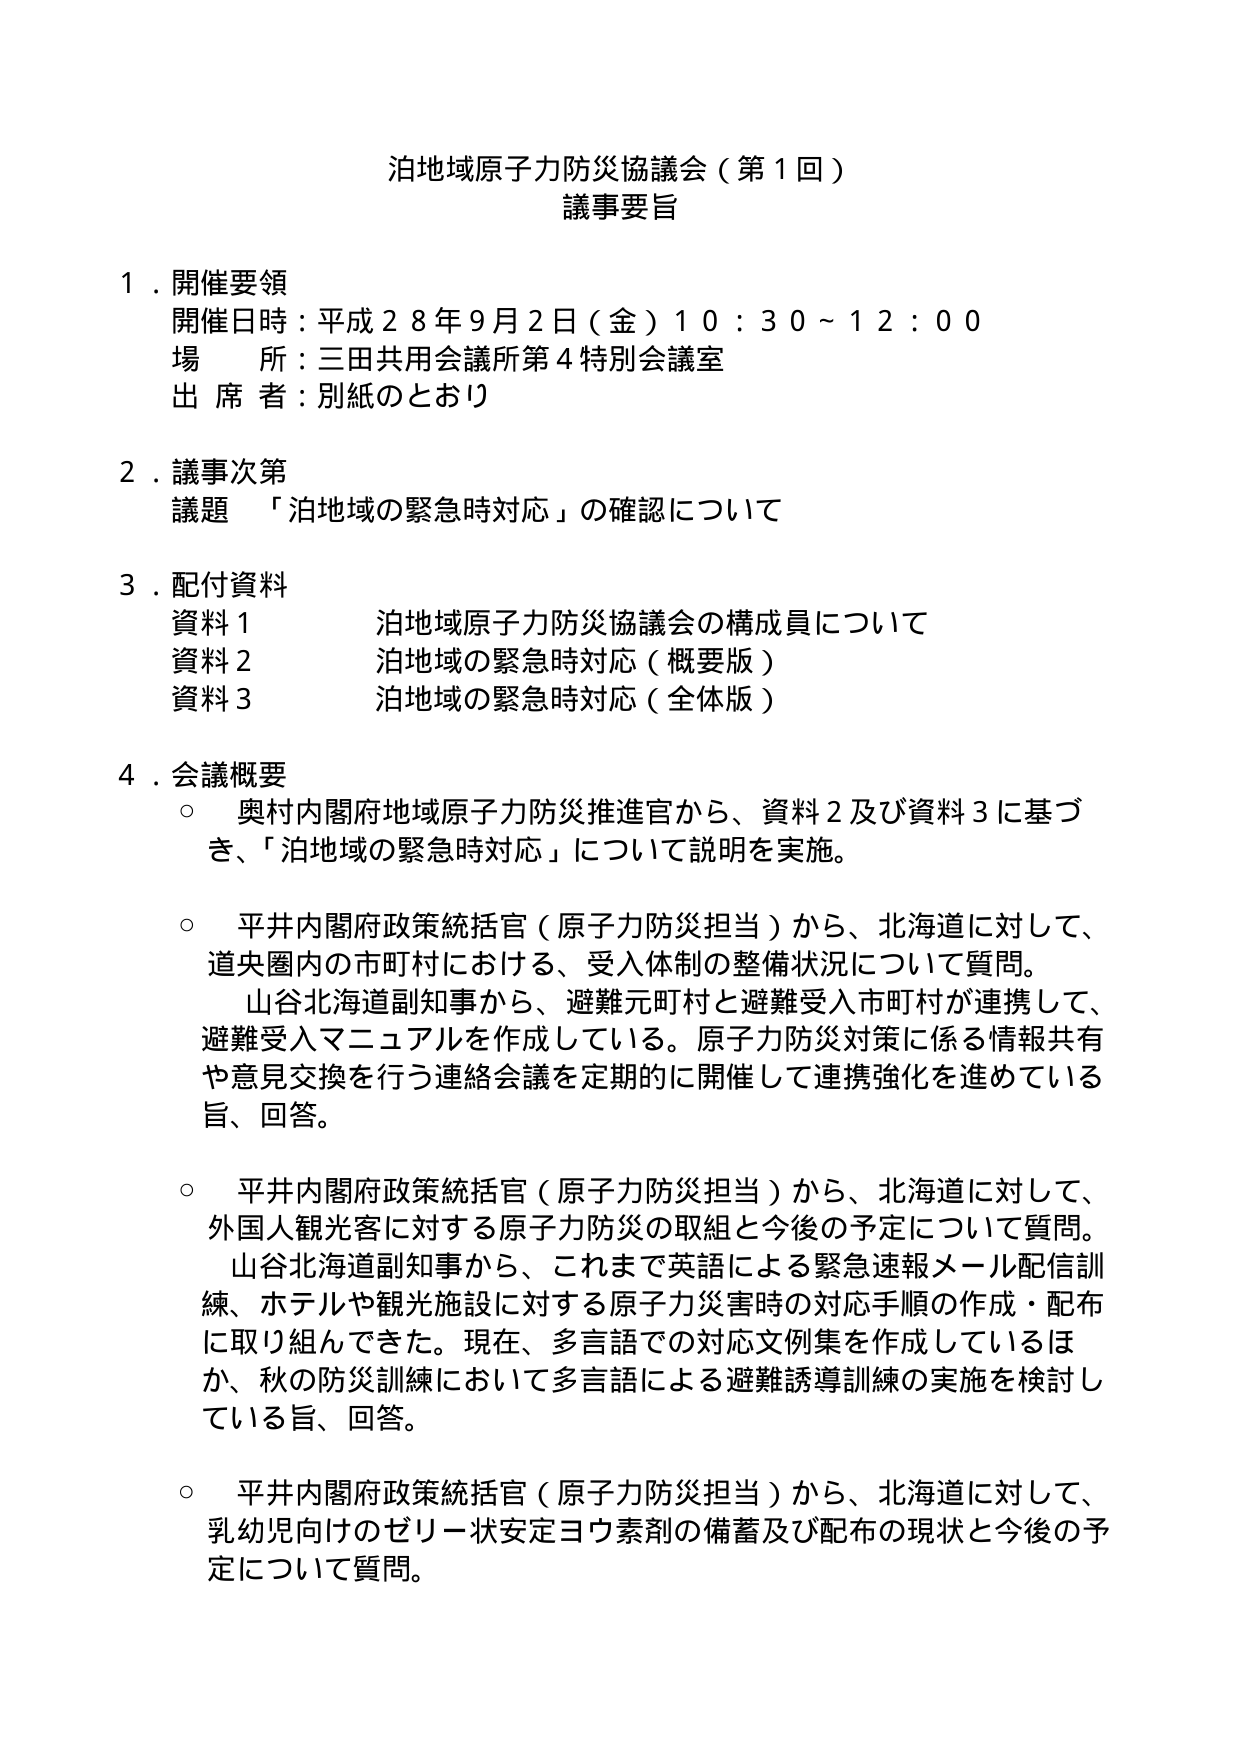
泊地域原子力防災協議会（第１回）
議事要旨

１．開催要領
　開催日時：平成２８年９月２日（金）１０：３０～１２：００
　場　　所：三田共用会議所第４特別会議室
　出席者：別紙のとおり

２．議事次第
　議題　「泊地域の緊急時対応」の確認について

３．配付資料
　資料１　泊地域原子力防災協議会の構成員について
　資料２　泊地域の緊急時対応（概要版）
　資料３　泊地域の緊急時対応（全体版）

４．会議概要
　○　奥村内閣府地域原子力防災推進官から、資料２及び資料３に基づき、「泊地域の緊急時対応」について説明を実施。

　○　平井内閣府政策統括官（原子力防災担当）から、北海道に対して、道央圏内の市町村における、受入体制の整備状況について質問。
　　山谷北海道副知事から、避難元町村と避難受入市町村が連携して、避難受入マニュアルを作成している。原子力防災対策に係る情報共有や意見交換を行う連絡会議を定期的に開催して連携強化を進めている旨、回答。

　○　平井内閣府政策統括官（原子力防災担当）から、北海道に対して、外国人観光客に対する原子力防災の取組と今後の予定について質問。
　　山谷北海道副知事から、これまで英語による緊急速報メール配信訓練、ホテルや観光施設に対する原子力災害時の対応手順の作成・配布に取り組んできた。現在、多言語での対応文例集を作成しているほか、秋の防災訓練において多言語による避難誘導訓練の実施を検討している旨、回答。

　○　平井内閣府政策統括官（原子力防災担当）から、北海道に対して、乳幼児向けのゼリー状安定ヨウ素剤の備蓄及び配布の現状と今後の予定について質問。